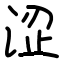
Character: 涩